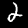
Digit: 2